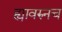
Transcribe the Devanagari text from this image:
ह्यावरुनच